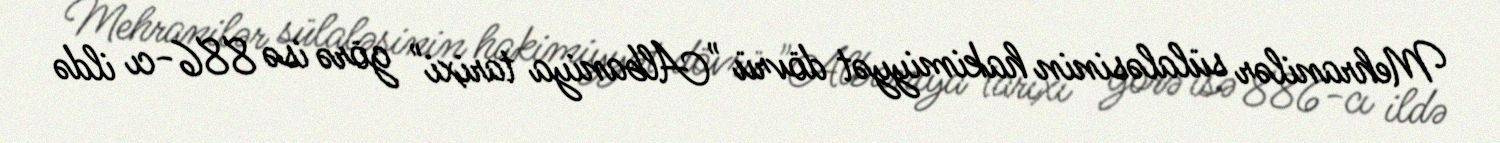
Mehranilər sülaləsinin hakimiyyət dövrü "Albaniya tarixi" görə isə 886-cı ildə